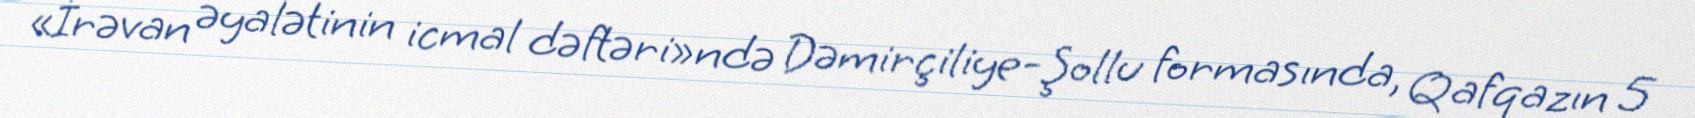
«İrəvan əyalətinin icmal dəftəri»ndə Dəmirçiliye-Şollu formasında, Qafqazın 5